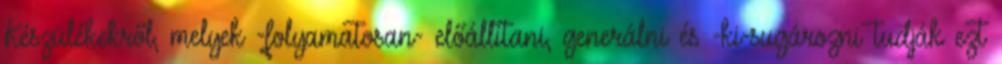
Készülékekről, melyek -folyamatosan- előállítani, generálni és -ki-sugározni tudják ezt